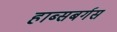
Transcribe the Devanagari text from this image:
हाब्सबर्गस